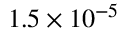
1 . 5 \times 1 0 ^ { - 5 }